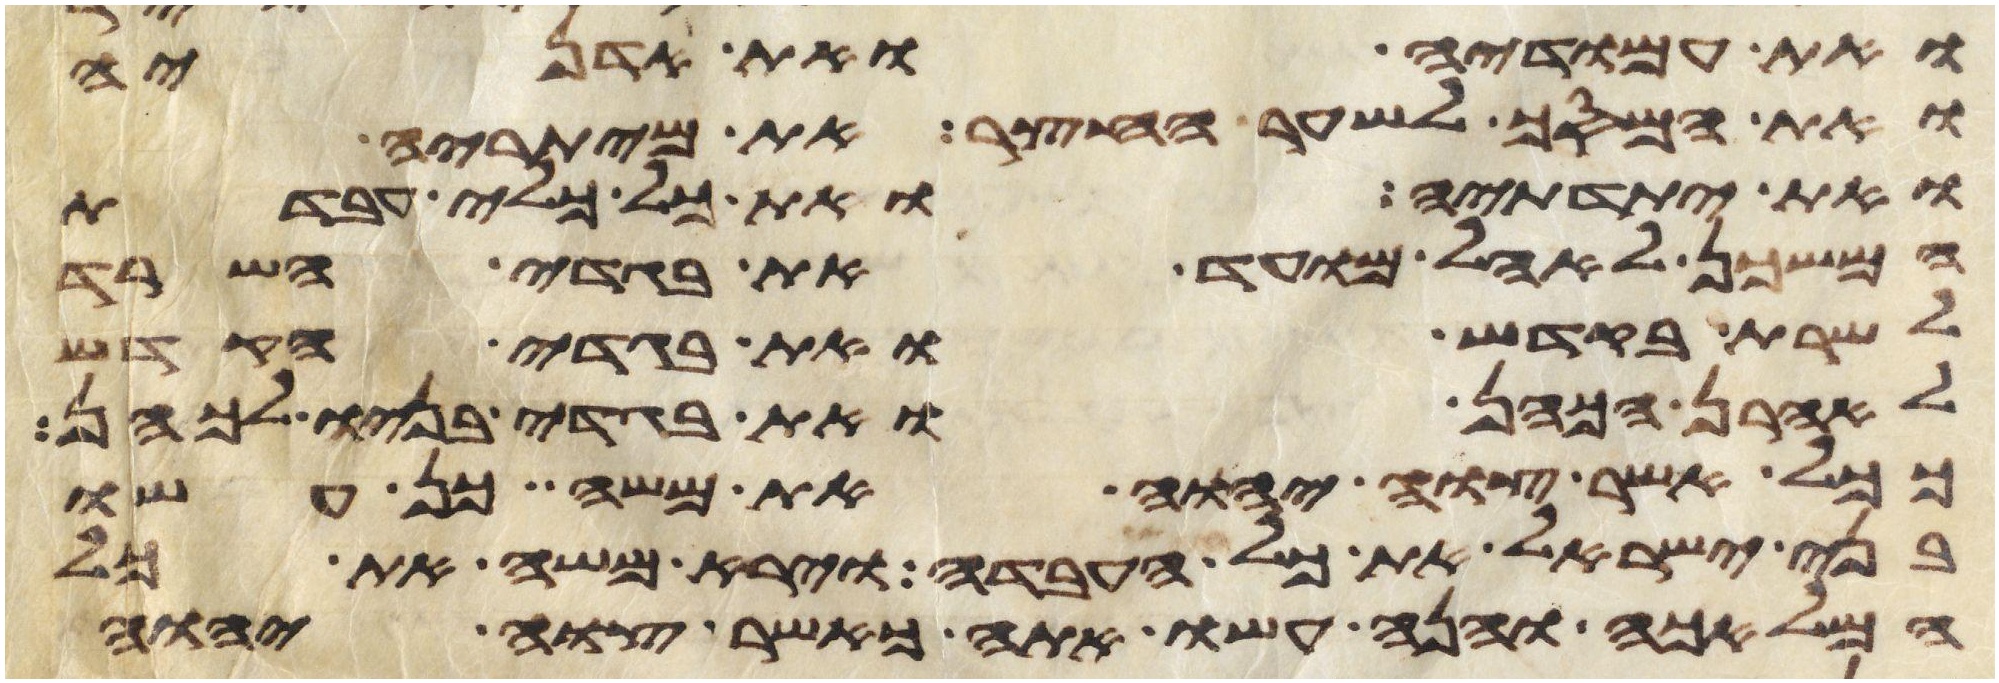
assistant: ואת עמודיה ואת אדניה
ואת המסך לשער החצר את מיתריה
ואת יתדתיה ואת כל כלי עבדת
המשכן לאהל מועד את בגדי השרד
לשרת בקדש ואת בגדי הקדש
לאהרן הכהן ואת בגדי בניו לכהן
ככל אשר צוה יהוה את משה כן עשו
בני ישראל את כל העבדה וירא משה את כל
המלאכה והנה עשו אתה כאשר צוה יהוה